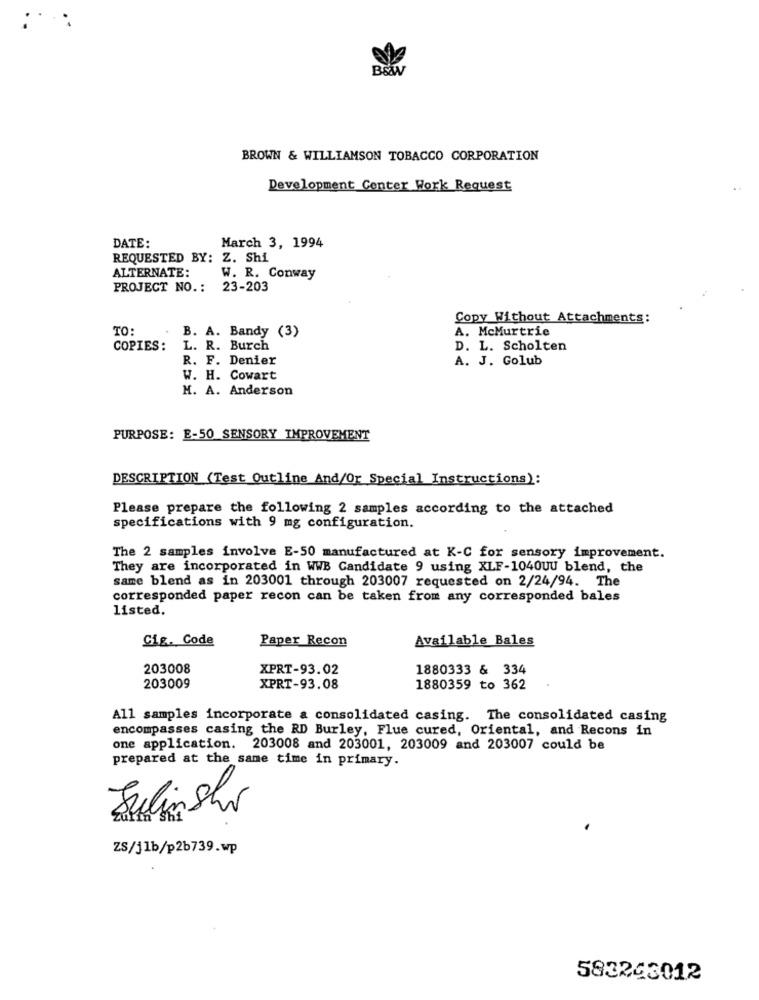
B&W
BROWN & WILLIAMSON TOBACCO CORPORATION
Development Center Work Request
DATE:
March 3, 1994
REQUESTED BY: Z. Shi
ALTERNATE:
W. R. Conway
PROJECT NO .: 23-203
Copy Without Attachments:
TO:
B. A. Bandy (3)
A. McMurtrie
COPIES:
L. R. Burch
D. L. Scholten
R. F. Denier
A. J. Golub
W. H. Cowart
H. A. Anderson
PURPOSE: E-50 SENSORY IMPROVEMENT
DESCRIPTION (Test Outline And/Or Special Instructions):
Please prepare the following 2 samples according to the attached
specifications with 9 mg configuration.
The 2 samples involve E-50 manufactured at K-C for sensory improvement.
They are incorporated in WWB Candidate 9 using XLF-1040UU blend, the
same blend as in 203001 through 203007 requested on 2/24/94. The
corresponded paper recon can be taken from any corresponded bales
listed.
Cig. Code
Paper Recon
Available Bales
203008
XPRT-93.02
1880333 & 334
203009
XPRT-93.08
1880359 to 362
All samples incorporate a consolidated casing. The consolidated casing
encompasses casing the RD Burley, Flue cured, Oriental, and Recons in
one application. 203008 and 203001, 203009 and 203007 could be
prepared at the same time in primary.
Julin Shr
ZS/j1b/p2b739.wp
583243012